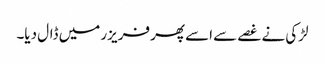
لڑکی نے غصے سے اسے پھر فریزر میں ڈال دیا۔